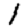
Digit: 1